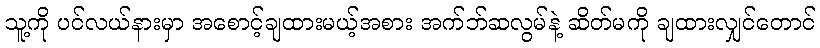
သူ့ကို ပင်လယ်နားမှာ အစောင့်ချထားမယ့်အစား အက်ဘ်ဆလွမ်နဲ့ ဆိတ်မကို ချထားလျှင်တောင်